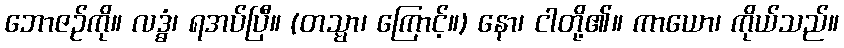
ဘောဇဉ်ကို။ လဒ္ဓံ၊ ရအပ်ပြီ။ (တသ္မာ၊ ကြောင့်။) နော၊ ငါတို့၏။ ကာယော၊ ကိုယ်သည်။